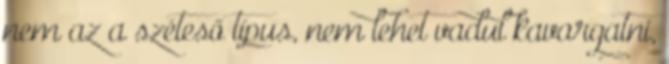
nem az a széteső típus, nem lehet vadul kavargatni,